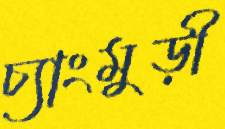
চ্যাংমুড়ী